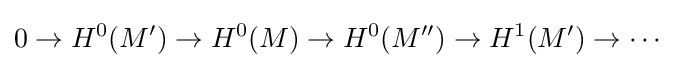
0\to H^{0}(M')\to H^{0}(M)\to H^{0}(M'')\to H^{1}(M')\to \cdots